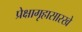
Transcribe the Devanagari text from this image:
प्रेक्षागृहासारखे